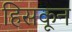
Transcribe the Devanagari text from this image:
हिसकून